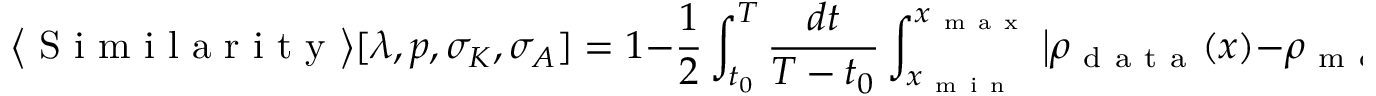
\big \langle \mathrm { ~ S ~ i ~ m ~ i ~ l ~ a ~ r ~ i ~ t ~ y ~ } \big \rangle [ \lambda , p , \sigma _ { K } , \sigma _ { A } ] = 1 - \frac { 1 } { 2 } \int _ { t _ { 0 } } ^ { T } \frac { d t } { T - t _ { 0 } } \int _ { x _ { \mathrm { ~ m ~ i ~ n ~ } } } ^ { x _ { \mathrm { ~ m ~ a ~ x ~ } } } \big \vert \rho _ { \mathrm { ~ d ~ a ~ t ~ a ~ } } ( x ) - \rho _ { \mathrm { ~ m ~ o ~ d ~ e ~ l ~ } } ( x , t ) \big \vert d x ,